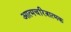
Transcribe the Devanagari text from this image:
अात्मचरित्रात्मक